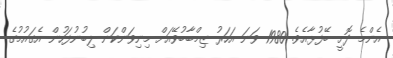
އެންމެ ދޮށީ ބޭފުޅާއެވެ. 1980 ވަނަ އަހަރު ޒިމްބާބުވޭއަށް މިނިވަންކަން ލިބުނުފަހުން އެގައުމުގެ